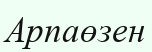
Арпаөзен